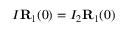
I { \bf R } _ { 1 } ( 0 ) = I _ { 2 } { \bf R } _ { 1 } ( 0 )